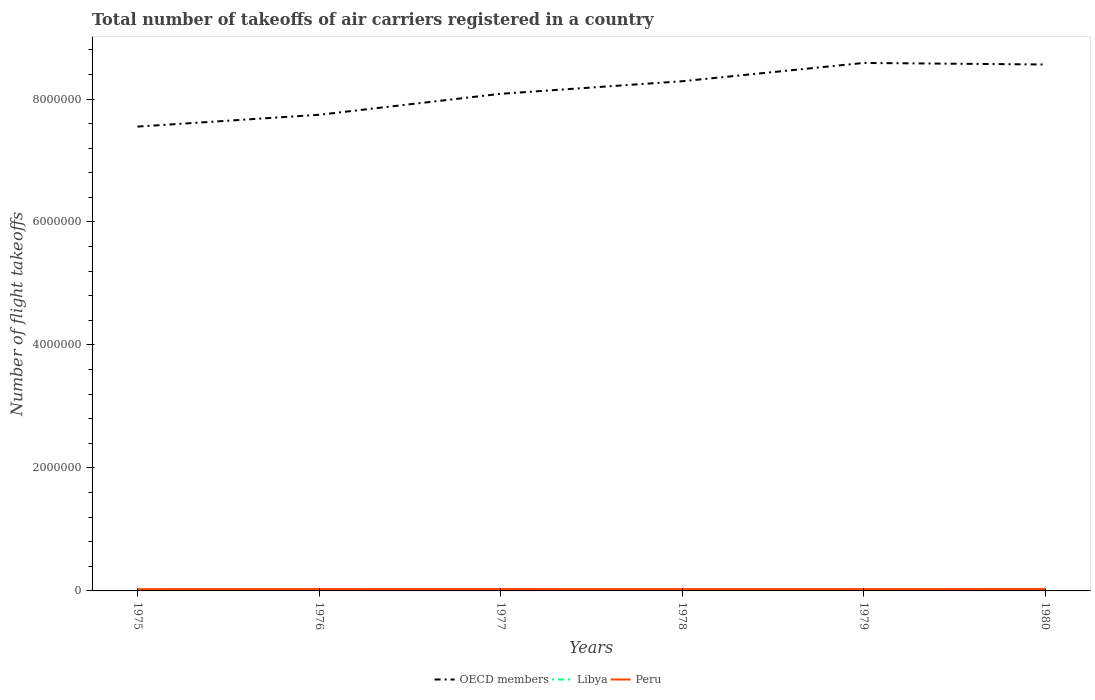
| Years | OECD members | Libya | Peru |
 | --- | --- | --- | --- |
 | 1975 | 7.55e+06 | 9.5e+03 | 2.93e+04 |
 | 1976 | 7.74e+06 | 9.8e+03 | 3.09e+04 |
 | 1977 | 8.08e+06 | 1.11e+04 | 3.12e+04 |
 | 1978 | 8.29e+06 | 1.11e+04 | 3.03e+04 |
 | 1979 | 8.59e+06 | 1.16e+04 | 2.99e+04 |
 | 1980 | 8.56e+06 | 1.22e+04 | 3.21e+04 |